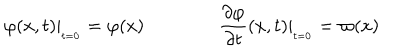
\varphi ( x , t ) | _ { _ { t = 0 } } = \varphi ( x ) \qquad \qquad \frac { \partial \varphi } { \partial t } ( x , t ) | _ { _ { t = 0 } } = \varpi ( x )